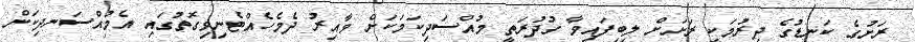
ރަށުގެ ކަނޑުގެ ދިރުމަކީ ރަށަށް ލިބިފައިވާ ގުދުރަތީ މުއްސަދިކަމަކަށް ވާއިރު ދެމެހެއްޓެނިވިގޮތުގައި އެމުއްސަނދިކަން